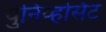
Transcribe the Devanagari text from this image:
युनिव्हर्सिट